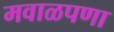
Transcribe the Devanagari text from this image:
मवाळपणा